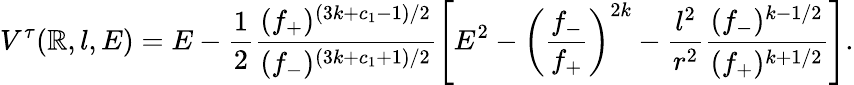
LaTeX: V^{\tau}(\mathbb{R},l,E)=E-\frac{{1}}{{2}}\frac{{(f_{+})^{(3k+c_{1}-1)/2}}}{{(f_{-})^{(3k+c_{1}+1)/2}}}\left[E^{2}-\left(\frac{{f_{-}}}{{f_{+}}}\right)^{2k}-\frac{{l^{2}}}{{r^{2}}}\frac{{(f_{-})^{k-1/2}}}{{(f_{+})^{k+1/2}}}\right].